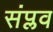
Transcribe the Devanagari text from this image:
संप्लव